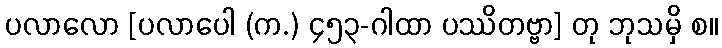
ပလာလော [ပလာပေါ (က.) ၄၅၃-ဂါထာ ပဿိတဗ္ဗာ] တု ဘုသမှိ စ။